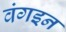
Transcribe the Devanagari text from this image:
वंगइन